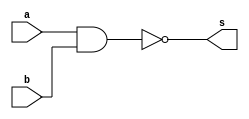
//Nome: Rafael Amauri Diniz Augusto
//Matrcula: 651047

module nandModule(input a,input b,output s);
	nand nandA(s,a,b);
endmodule //nandModule

module norModule(input a,input b,output s);
	nor norA(s,a,b);
endmodule //norModule

module orComNand(input a,input b,output s);
	wire not_a;
	wire not_b;
	nandModule moduloNotA1(a,a,not_a);
	nandModule moduloNotA2(b,b,not_b);
	nandModule moduloNand(not_a,not_b,s);
endmodule //orComNand

module andComNand(input a,input b,output s);
	wire nandA;
	nandModule moduloNand(a,b,nandA);
	nandModule moduloNot(nandA,nandA,s);
endmodule //andComNand

module orComNor(input a,input b, output s);
	wire norA;
	norModule moduleNor(a,b,norA);
	norModule moduleNot(norA,norA,s);
endmodule //orComNor	

module andComNor(input a,input b,output s);
	wire not_a;
	wire not_b;
	norModule moduleNot1(a,a,not_a);
	norModule moduleNot2(b,b,not_b);
	norModule moduleResposta(not_a,not_b,s);
endmodule //andComNor

module notComNand(input a,output s);
	nandModule moduleNot(a,a,s);
endmodule //notComNand

module notComNor(input a,output s);
	norModule moduleNot(a,a,s);
endmodule //notComNor

module xorComNand(input a,input b,output s);
	wire notA,notB,andA,andB;
	notComNand not_A1(a,notA);
	notComNand not_A2(b,notB);
	andComNand and_A1(notA,b,andA);
	andComNand and_A2(a,notB,andB);
	orComNand orSolution(andA,andB,s);
endmodule //xorComNand

module xnorComNor(input a,input b,output s);
	wire notA,notB,andA,andB,orA;
	notComNor notA1(a,notA);
	notComNor notA2(b,notB);
	andComNor andA1(notA,b,andA);
	andComNor andA2(a,notB,andB);
	orComNor orA1(andA,andB,orA);
	notComNor notSolution(orA,s);
endmodule //xnorComNor

module testeOrComNand;
//=========================================================================================================================================
//Definio de dados:
	reg x;
	reg y;
	wire andNor;
	andComNor module4(x,y,andNor);
//Fim da definio de dados.
//=========================================================================================================================================

initial
begin : teste_0504
   $display("Exemplo_0504 - x,y,z");
   $display("Teste de modulo");
   $display("x y a");
   $monitor("%b %b %b",x,y,andNor);
   x = 1'b0; y = 1'b0;
#1 x = 1'b0; y = 1'b1;
#1 x = 1'b1; y = 1'b0;
#1 x = 1'b1; y = 1'b1;
end
endmodule